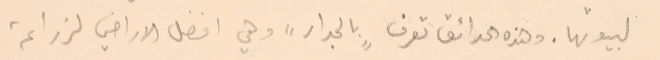
لبيوتها. وهذه الحدائق تعرف "بالجدار" وهي افضل الاراضي لزراعة